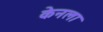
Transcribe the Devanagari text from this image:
केनला